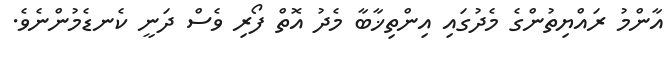
އާންމު ރައްޔިތުންގެ މެދުގައި އިންތިޚާބާ މެދު އޮތް ފޯރި ވެސް ދަނީ ކެނޑެމުންނެވެ.